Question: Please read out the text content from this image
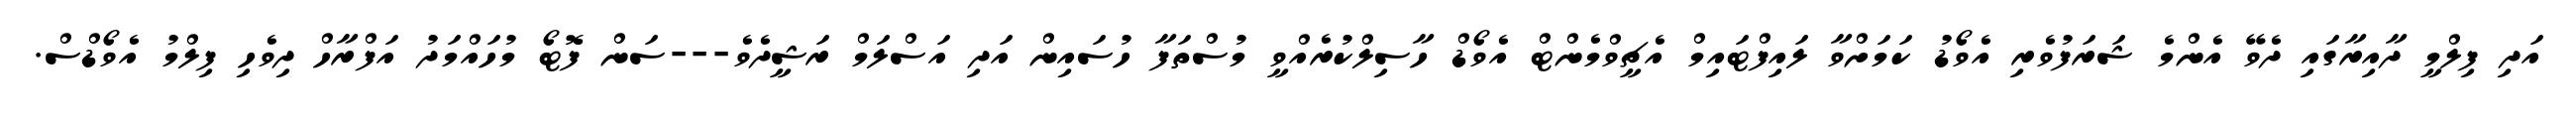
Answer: އަދި ފިލްމީ ދާއިރާގައި ދެވޭ އެންމެ ޝަރަފުވެރި އެވޯޑު ކަމަށްވާ ލައިފްޓައިމް އެޗީވްމެންޓް އެވޯޑް ހާސިލްކުރެއްވީ މުސްތަފާ ހުސައިން އަދި އަސްލަމް ރަޝީދެވެ---ސަން ފޮޓޯ މުހައްމަދު އަފްރާހް ދިވެހި ފިލްމު އެވޯޑްސް.